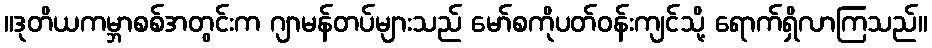
။ဒုတိယကမ္ဘာစစ်အတွင်းက ဂျာမန်တပ်များသည် မော်စကိုပတ်ဝန်းကျင်သို့ ရောက်ရှိလာကြသည်။